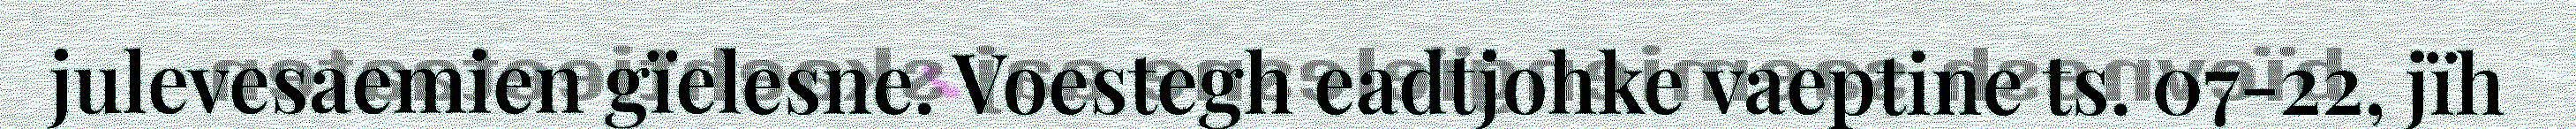
julevesaemien gïelesne. Voestegh eadtjohke vaeptine ts. 07-22, jïh